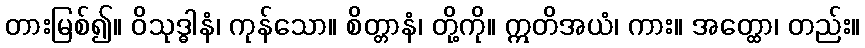
တားမြစ်၍။ ဝိသုဒ္ဓါနံ၊ ကုန်သော။ စိတ္တာနံ၊ တို့ကို။ ဣတိအယံ၊ ကား။ အတ္ထော၊ တည်း။